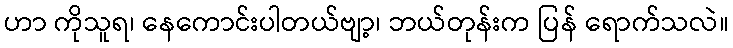
ဟာ ကိုသူရ၊ နေကောင်းပါတယ်ဗျာ့၊ ဘယ်တုန်းက ပြန် ရောက်သလဲ။